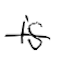
Text: is
Cross-out: single-line
Writing tool: digital_black